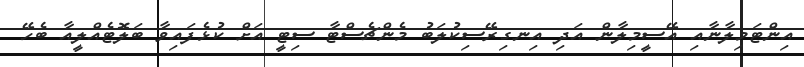
އިންޓަމިލާނާއި އޭސީމިލާން އަދި އިނގިރޭސިކުލަބު މެންޗެސްޓާ ސިޓީ އަށް ކުޅެފައިވާ ބަލޮޓެއްލީއާ ބެހޭ